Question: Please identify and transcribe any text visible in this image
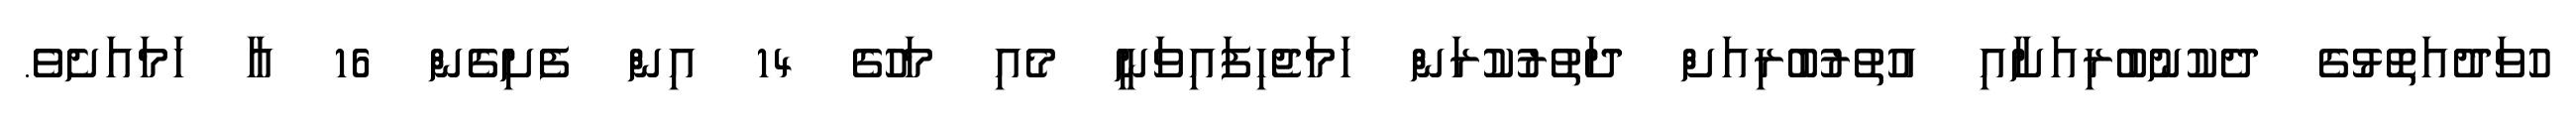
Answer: ހުވަދުއަތޮޅުގެ ދެކުނުބުރިއަށާއި އުތުރުބުރިއަށް ދަތުރުކުރަން ހަމަޖެހިފައިވަނީ މެއި މަހުގެ 14 އިން ފެށިގެން 16 އާ ހަމައަށެވެ.